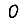
Digit: 0